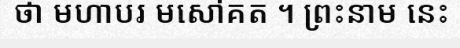
ថា មហាបរ មសៅគត ។ ព្រះនាម នេះ